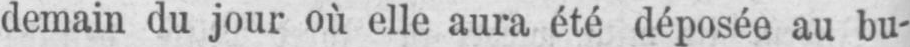
demain du jour où elle aura été déposée au bu-